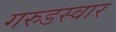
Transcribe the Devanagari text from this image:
गरुडस्वार